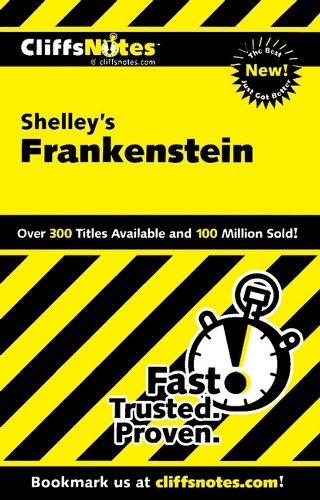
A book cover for CliffsNotes on Shelley's Frankenstein (Cliffsnotes Literature Guides); Jeff Coghill; Literature & Fiction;